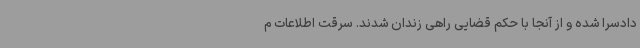
دادسرا شده و از آنجا با حکم قضایی راهی زندان شدند. سرقت اطلاعات م